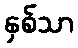
နှစ်သာ